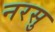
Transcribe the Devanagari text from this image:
नरसु